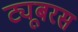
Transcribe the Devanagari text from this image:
ट्यूबरस